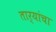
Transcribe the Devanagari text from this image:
तार्यांचा